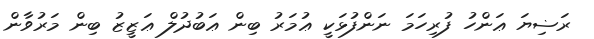
ރަޟިޔަ ޢަންހު ފުރިހަމަ ނަންފުޅަކީ ޢުމަރު ބިން ޢަބުދުލް ޢަޒީޒު ބިން މަރުވާން